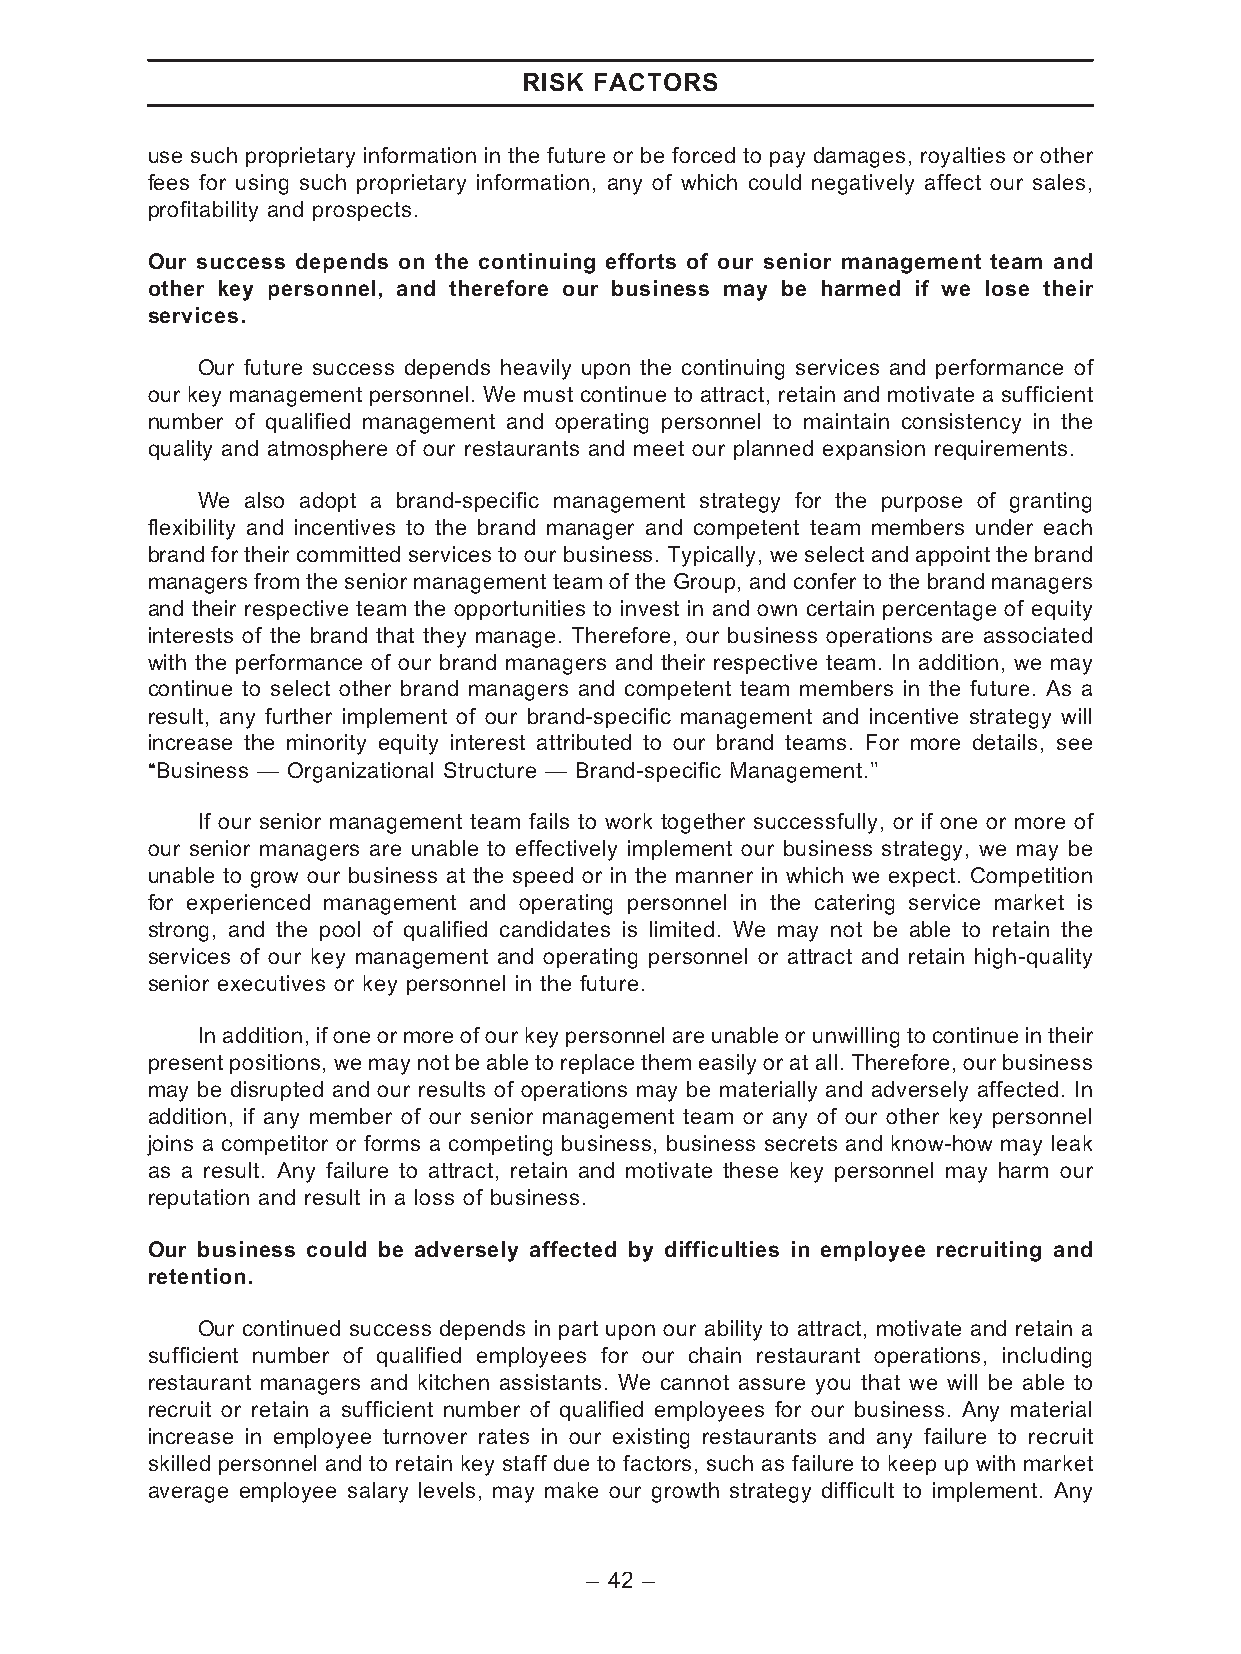
RISK FACTORS
 use such proprietary information in the future or be forced to pay damages, royalties or other
 fees for using such proprietary information, any of which could negatively affect our sales,
 profitability and prospects.
 Our success depends on the continuing efforts of our senior management team and
 other key personnel, and therefore our business may be harmed if we lose their
 services.
 Our future success depends heavily upon the continuing services and performance of
 our key management personnel. We must continue to attract, retain and motivate a sufficient
 number of qualified management and operating personnel to maintain consistency in the
 quality and atmosphere of our restaurants and meet our planned expansion requirements.
 We also adopt a brand-specific management strategy for the purpose of granting
 flexibility and incentives to the brand manager and competent team members under each
 brand for their committed services to our business. Typically, we select and appoint the brand
 managers from the senior management team of the Group, and confer to the brand managers
 and their respective team the opportunities to invest in and own certain percentage of equity
 interests of the brand that they manage. Therefore, our business operations are associated
 with the performance of our brand managers and their respective team. In addition, we may
 continue to select other brand managers and competent team members in the future. As a
 result, any further implement of our brand-specific management and incentive strategy will
 increase the minority equity interest attributed to our brand teams. For more details, see
 ‘‘Business — Organizational Structure — Brand-specific Management.’’
 If our senior management team fails to work together successfully, or if one or more of
 our senior managers are unable to effectively implement our business strategy, we may be
 unable to grow our business at the speed or in the manner in which we expect. Competition
 for experienced management and operating personnel in the catering service market is
 strong, and the pool of qualified candidates is limited. We may not be able to retain the
 services of our key management and operating personnel or attract and retain high-quality
 senior executives or key personnel in the future.
 In addition, ifone ormoreofourkeypersonnelare unableor unwilling to continuein their
 present positions, we may not be able to replace them easily or at all. Therefore, our business
 may be disrupted and our results of operations may be materially and adversely affected. In
 addition, if any member of our senior management team or any of our other key personnel
 joins a competitor or forms a competing business, business secrets and know-how may leak
 as a result. Any failure to attract, retain and motivate these key personnel may harm our
 reputation and result in a loss of business.
 Our business could be adversely affected by difficulties in employee recruiting and
 retention.
 Our continued success depends in part upon our ability to attract, motivate and retain a
 sufficient number of qualified employees for our chain restaurant operations, including
 restaurant managers and kitchen assistants. We cannot assure you that we will be able to
 recruit or retain a sufficient number of qualified employees for our business. Any material
 increase in employee turnover rates in our existing restaurants and any failure to recruit
 skilled personnel and to retain key staff due to factors, such as failure to keep up with market
 average employee salary levels, may make our growth strategy difficult to implement. Any
 – 42 –